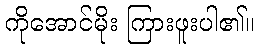
ကိုအောင်မိုး ကြားဖူးပါ၏။